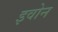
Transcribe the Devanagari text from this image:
इवोन